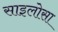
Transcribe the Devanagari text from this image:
साइलोसा